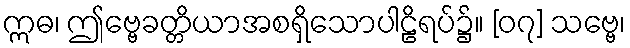
ဣဓ၊ ဤဗ္ဗေခတ္တိယာအစရှိသောပါဠိရပ်၌။ [၀၇] သဗ္ဗေ၊